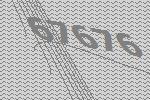
67676